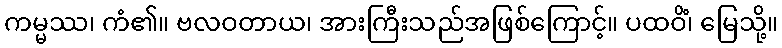
ကမ္မဿ၊ ကံ၏။ ဗလဝတာယ၊ အားကြီးသည်အဖြစ်ကြောင့်။ ပထဝိံ၊ မြေသို့။